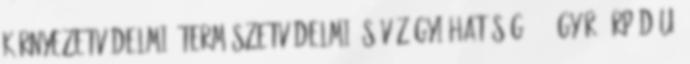
környezetvédelmi, természetvédelmi és vízügyi hatóság 9021 Győr, Árpád u.